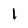
Character: 1